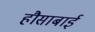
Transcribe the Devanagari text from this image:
हौसाबाई